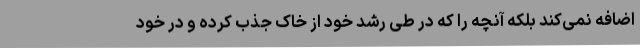
اضافه نمی‌کند بلکه آنچه را که در طی رشد خود از خاک جذب کرده و در خود